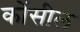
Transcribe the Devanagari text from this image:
कोंसील